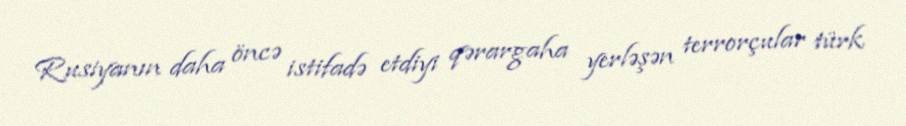
Rusiyanın daha öncə istifadə etdiyi qərargaha yerləşən terrorçular türk